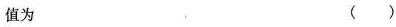
值为 ( )